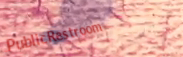
PublicRestroom